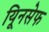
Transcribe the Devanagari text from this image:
यूिनसेफ